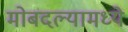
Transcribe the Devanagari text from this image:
मोबदल्यामध्ये